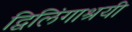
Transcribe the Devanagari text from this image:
द्विलिंगाश्रयी